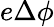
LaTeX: e\Delta\phi